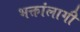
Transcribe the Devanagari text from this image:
भक्तांलागी